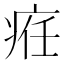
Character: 𤶄